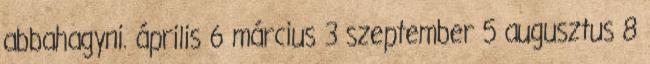
abbahagyni. április 6 március 3 szeptember 5 augusztus 8